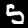
Digit: 5